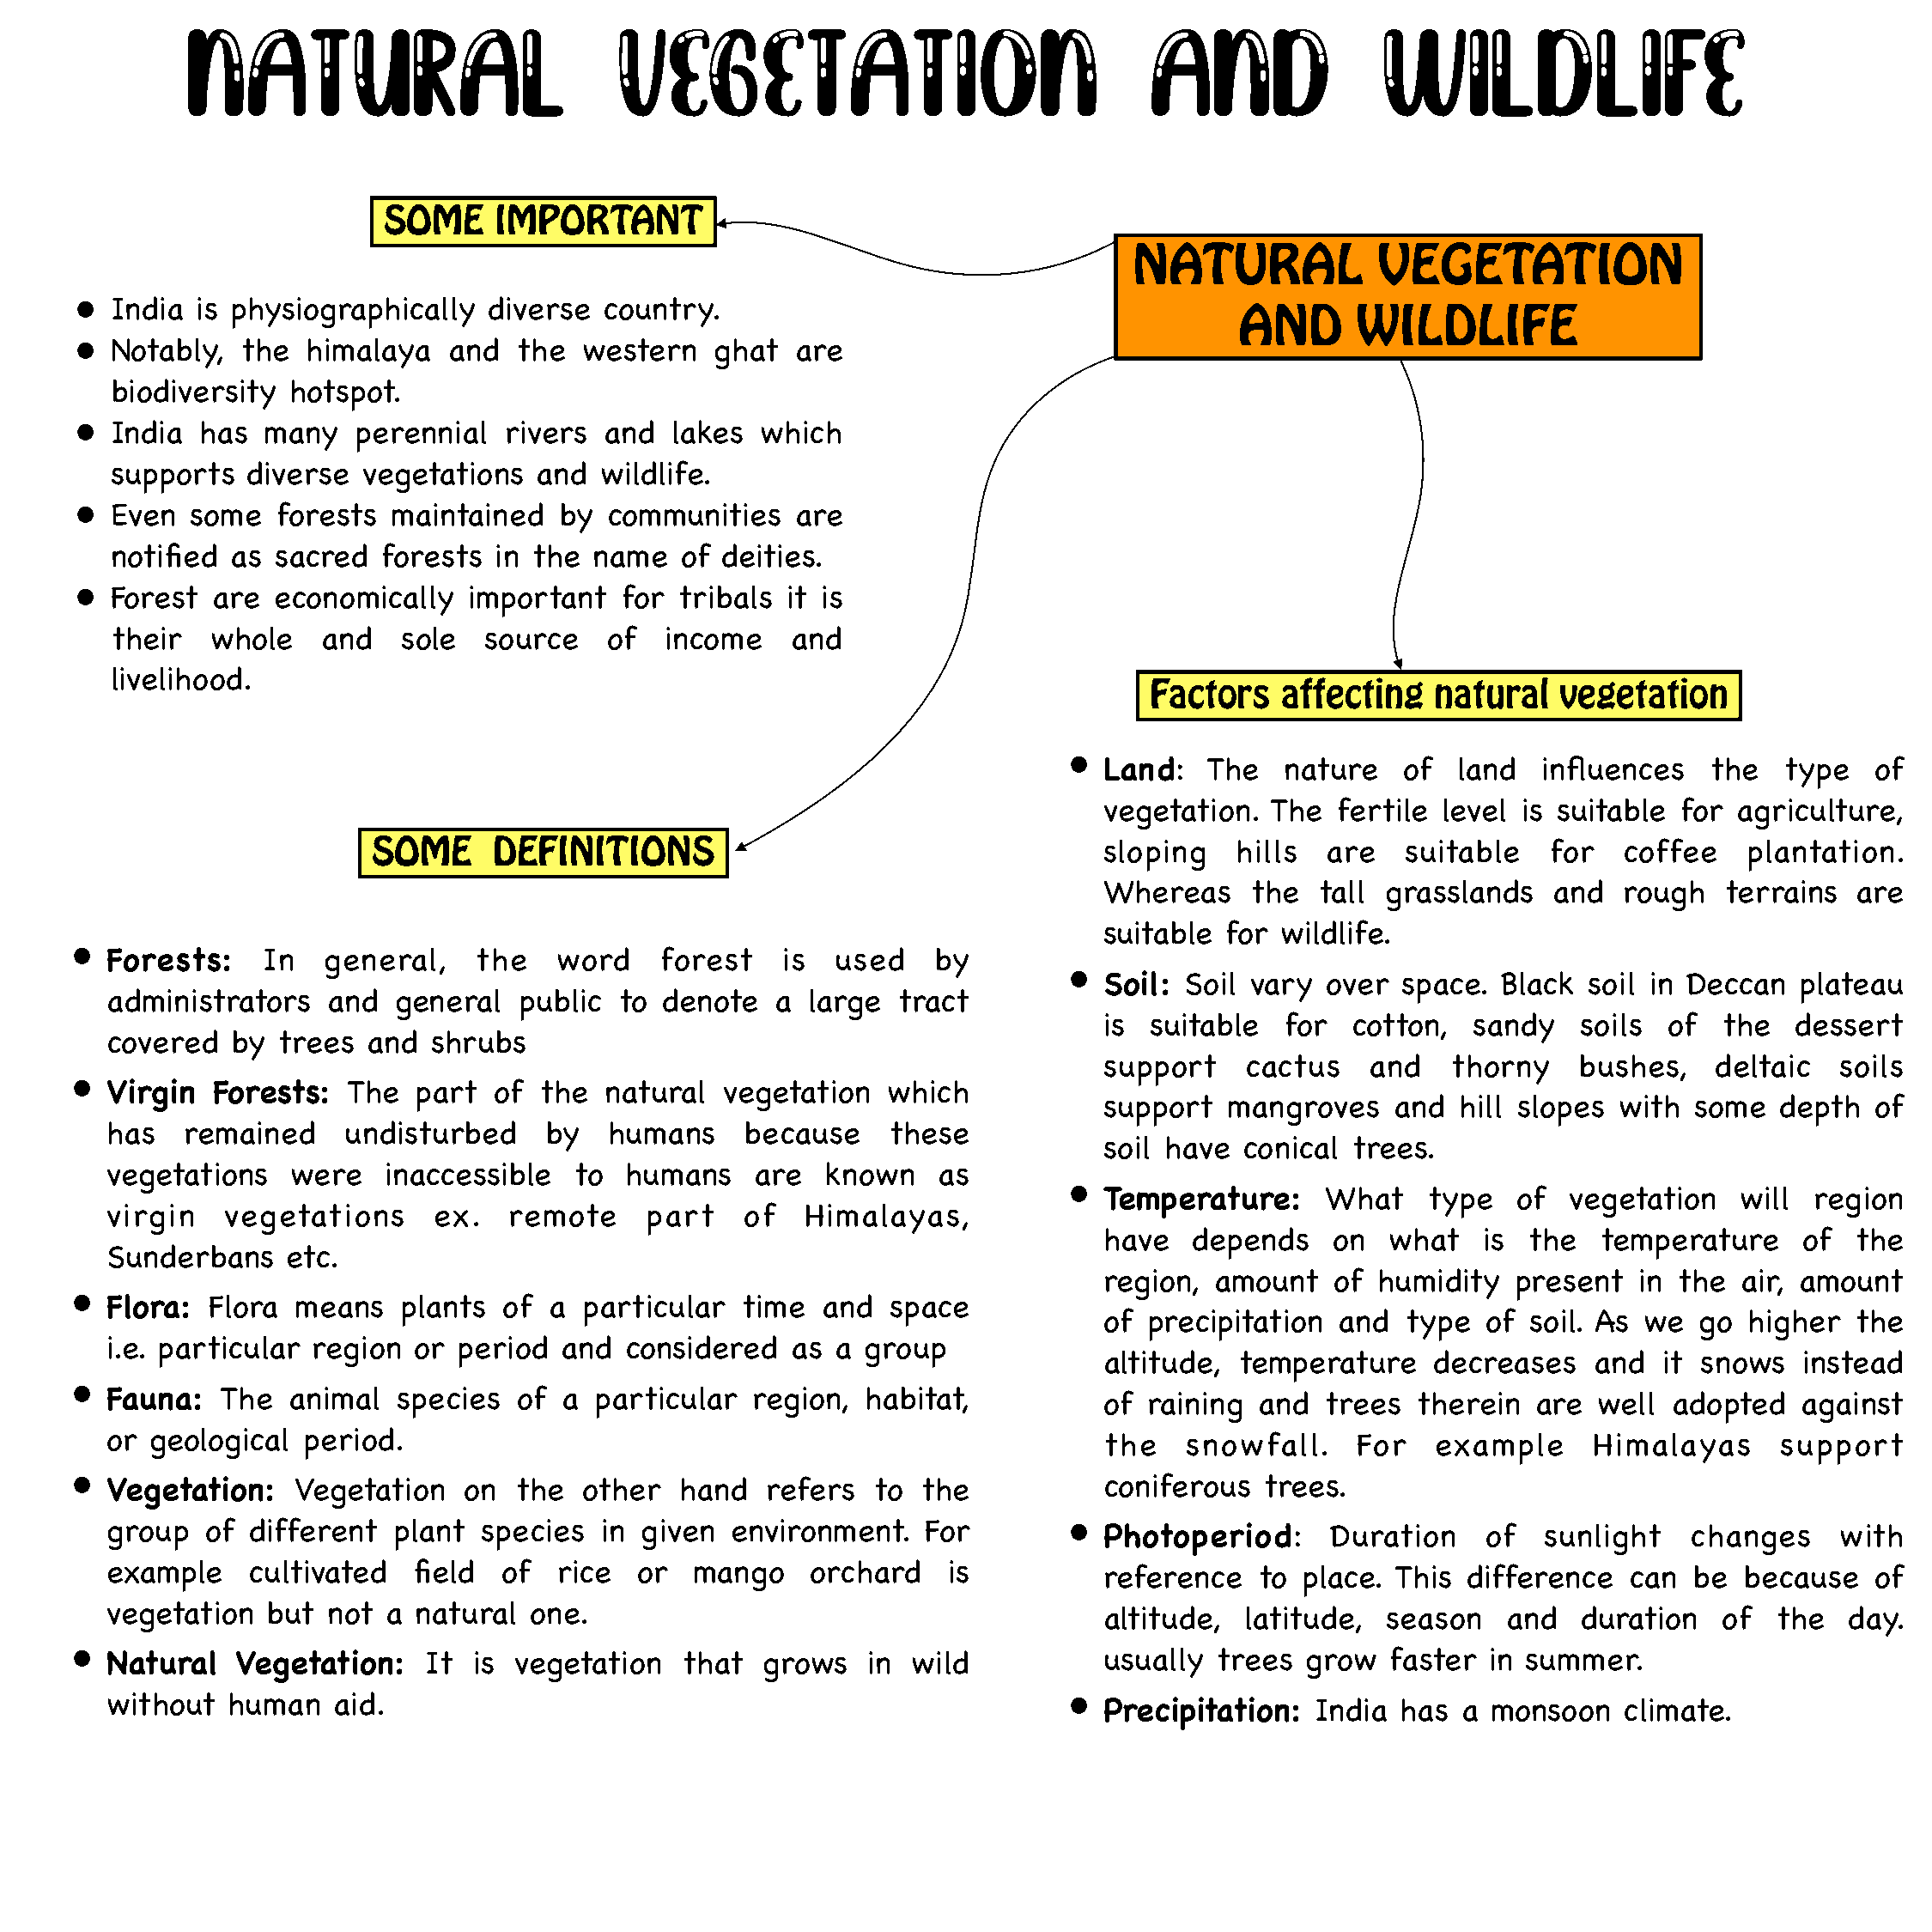
NATURAL                           VEGETATION                               AND               WILDLIFE
 SOME    IMPORTANT
 NATURAL            VEGETATION
 •  India is physiographically   diverse  country.
 AND       WILDLIFE
 •  Notably,  the  himalaya   and  the  western   ghat  are
 biodiversity hotspot.
 •  India has  many   perennial   rivers  and  lakes  which
 supports  diverse  vegetations  and  wildlife.
 •  Even  some  forests  maintained   by  communities   are
 notified as sacred  forests  in the  name  of  deities.
 •  Forest are  economically   important   for tribals  it is
 their  whole    and   sole  source    of  income    and
 livelihood.
 Factors   affecting   natural  vegetation
 •
 Land:   The   nature   of  land   influences   the   type   of
 vegetation.  The  fertile level is suitable  for agriculture,
 SOME     DEFINITIONS                                    sloping   hills  are   suitable   for   coffee    plantation.
 Whereas    the   tall grasslands   and  rough   terrains  are
 suitable for  wildlife.
 •
 Forests:    In   general,    the   word    forest   is  used    by
 •
 Soil: Soil vary  over  space.  Black soil in Deccan   plateau
 administrators   and  general   public  to denote   a large  tract
 is  suitable  for  cotton,   sandy   soils  of  the  dessert
 covered   by trees  and  shrubs
 support    cactus    and   thorny    bushes,   deltaic   soils
 •
 Virgin  Forests:   The  part  of  the  natural  vegetation  which
 support   mangroves   and  hill slopes  with  some  depth   of
 has   remained     undisturbed    by   humans    because     these
 soil have  conical trees.
 vegetations   were    inaccessible  to  humans    are   known   as
 •
 Temperature:     What    type   of  vegetation   will  region
 virgin   vegetations     ex.   remote     part   of   Himalayas,
 have   depends    on  what   is  the  temperature     of  the
 Sunderbans    etc.
 region,  amount   of humidity   present  in the  air, amount
 •
 Flora:  Flora  means   plants  of a  particular  time  and   space
 of precipitation  and  type   of soil. As we  go  higher  the
 i.e. particular region  or period  and  considered   as a  group
 altitude,  temperature    decreases   and  it snows   instead
 •
 Fauna:   The  animal   species  of a  particular  region,  habitat,
 of raining  and  trees  therein  are  well  adopted   against
 or  geological period.
 the   snowfall.     For   example     Himalayas     support
 • Vegetation:    Vegetation   on  the  other  hand   refers  to  the           coniferous  trees.
 group   of different  plant  species  in given  environment.   For        •
 Photoperiod:      Duration    of  sunlight   changes     with
 example    cultivated   field  of  rice  or  mango     orchard   is
 reference   to place.  This difference   can  be because    of
 vegetation   but not  a natural  one.
 altitude,  latitude,  season   and   duration   of  the   day.
 • Natural   Vegetation:    It is  vegetation   that  grows   in wild           usually  trees  grow  faster  in summer.
 without   human   aid.                                                    •
 Precipitation:  India  has  a monsoon   climate.